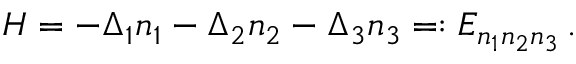
\begin{array} { r } { H = - \Delta _ { 1 } n _ { 1 } - \Delta _ { 2 } n _ { 2 } - \Delta _ { 3 } n _ { 3 } = : E _ { n _ { 1 } n _ { 2 } n _ { 3 } } \, . } \end{array}